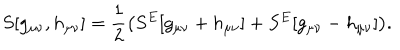
LaTeX: S [ g _ { \mu \nu } , h _ { \mu \nu } ] = \frac { 1 } { 2 } \big ( S ^ { E } [ g _ { \mu \nu } + h _ { \mu \nu } ] + S ^ { E } [ g _ { \mu \nu } - h _ { \mu \nu } ] \big ) .